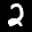
Label: 2